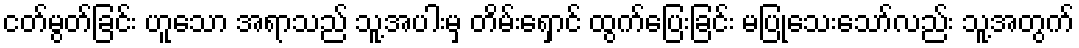
ငတ်မွတ်ခြင်း ဟူသော အရာသည် သူ့အပါးမှ တိမ်းရှောင် ထွက်ပြေးခြင်း မပြုသေးသော်လည်း သူ့အတွက်